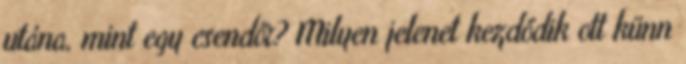
utána, mint egy csendőr? Milyen jelenet kezdődik ott künn